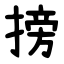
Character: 搒